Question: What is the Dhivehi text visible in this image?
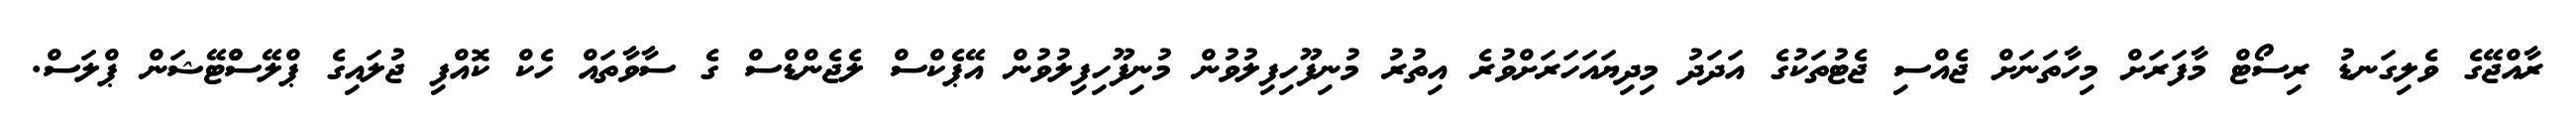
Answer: ރާއްޖޭގެ ވެލިގަނޑު ރިސޯޓް މާފަރަށް މިހާތަނަށް ޖެއްސި ޖެޓުތަކުގެ އަދަދު މިދިޔައަހަރަށްވުރެ އިތުރު މުނިފޫހިފިލުވުން މުނިފޫހިފިލުވުން އޭޕެކްސް ލެޖެންޑްސް ގެ ސާވާތައް ހެކް ކޮއްފި ޖުލައިގެ ޕްލޭސްްޓޭޝަން ޕްލަސް.